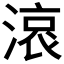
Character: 𣺓